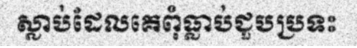
ស្លាប់ដែលគេពុំធ្លាប់ជួបប្រទះ